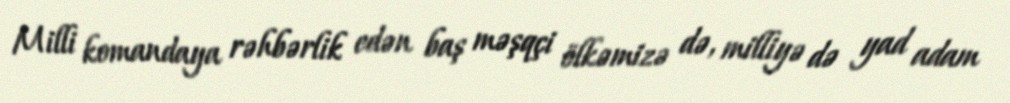
Milli komandaya rəhbərlik edən baş məşqçi ölkəmizə də, milliyə də yad adam